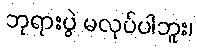
ဘုရားပွဲ မလုပ်ပါဘူး၊